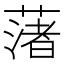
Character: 𦼥